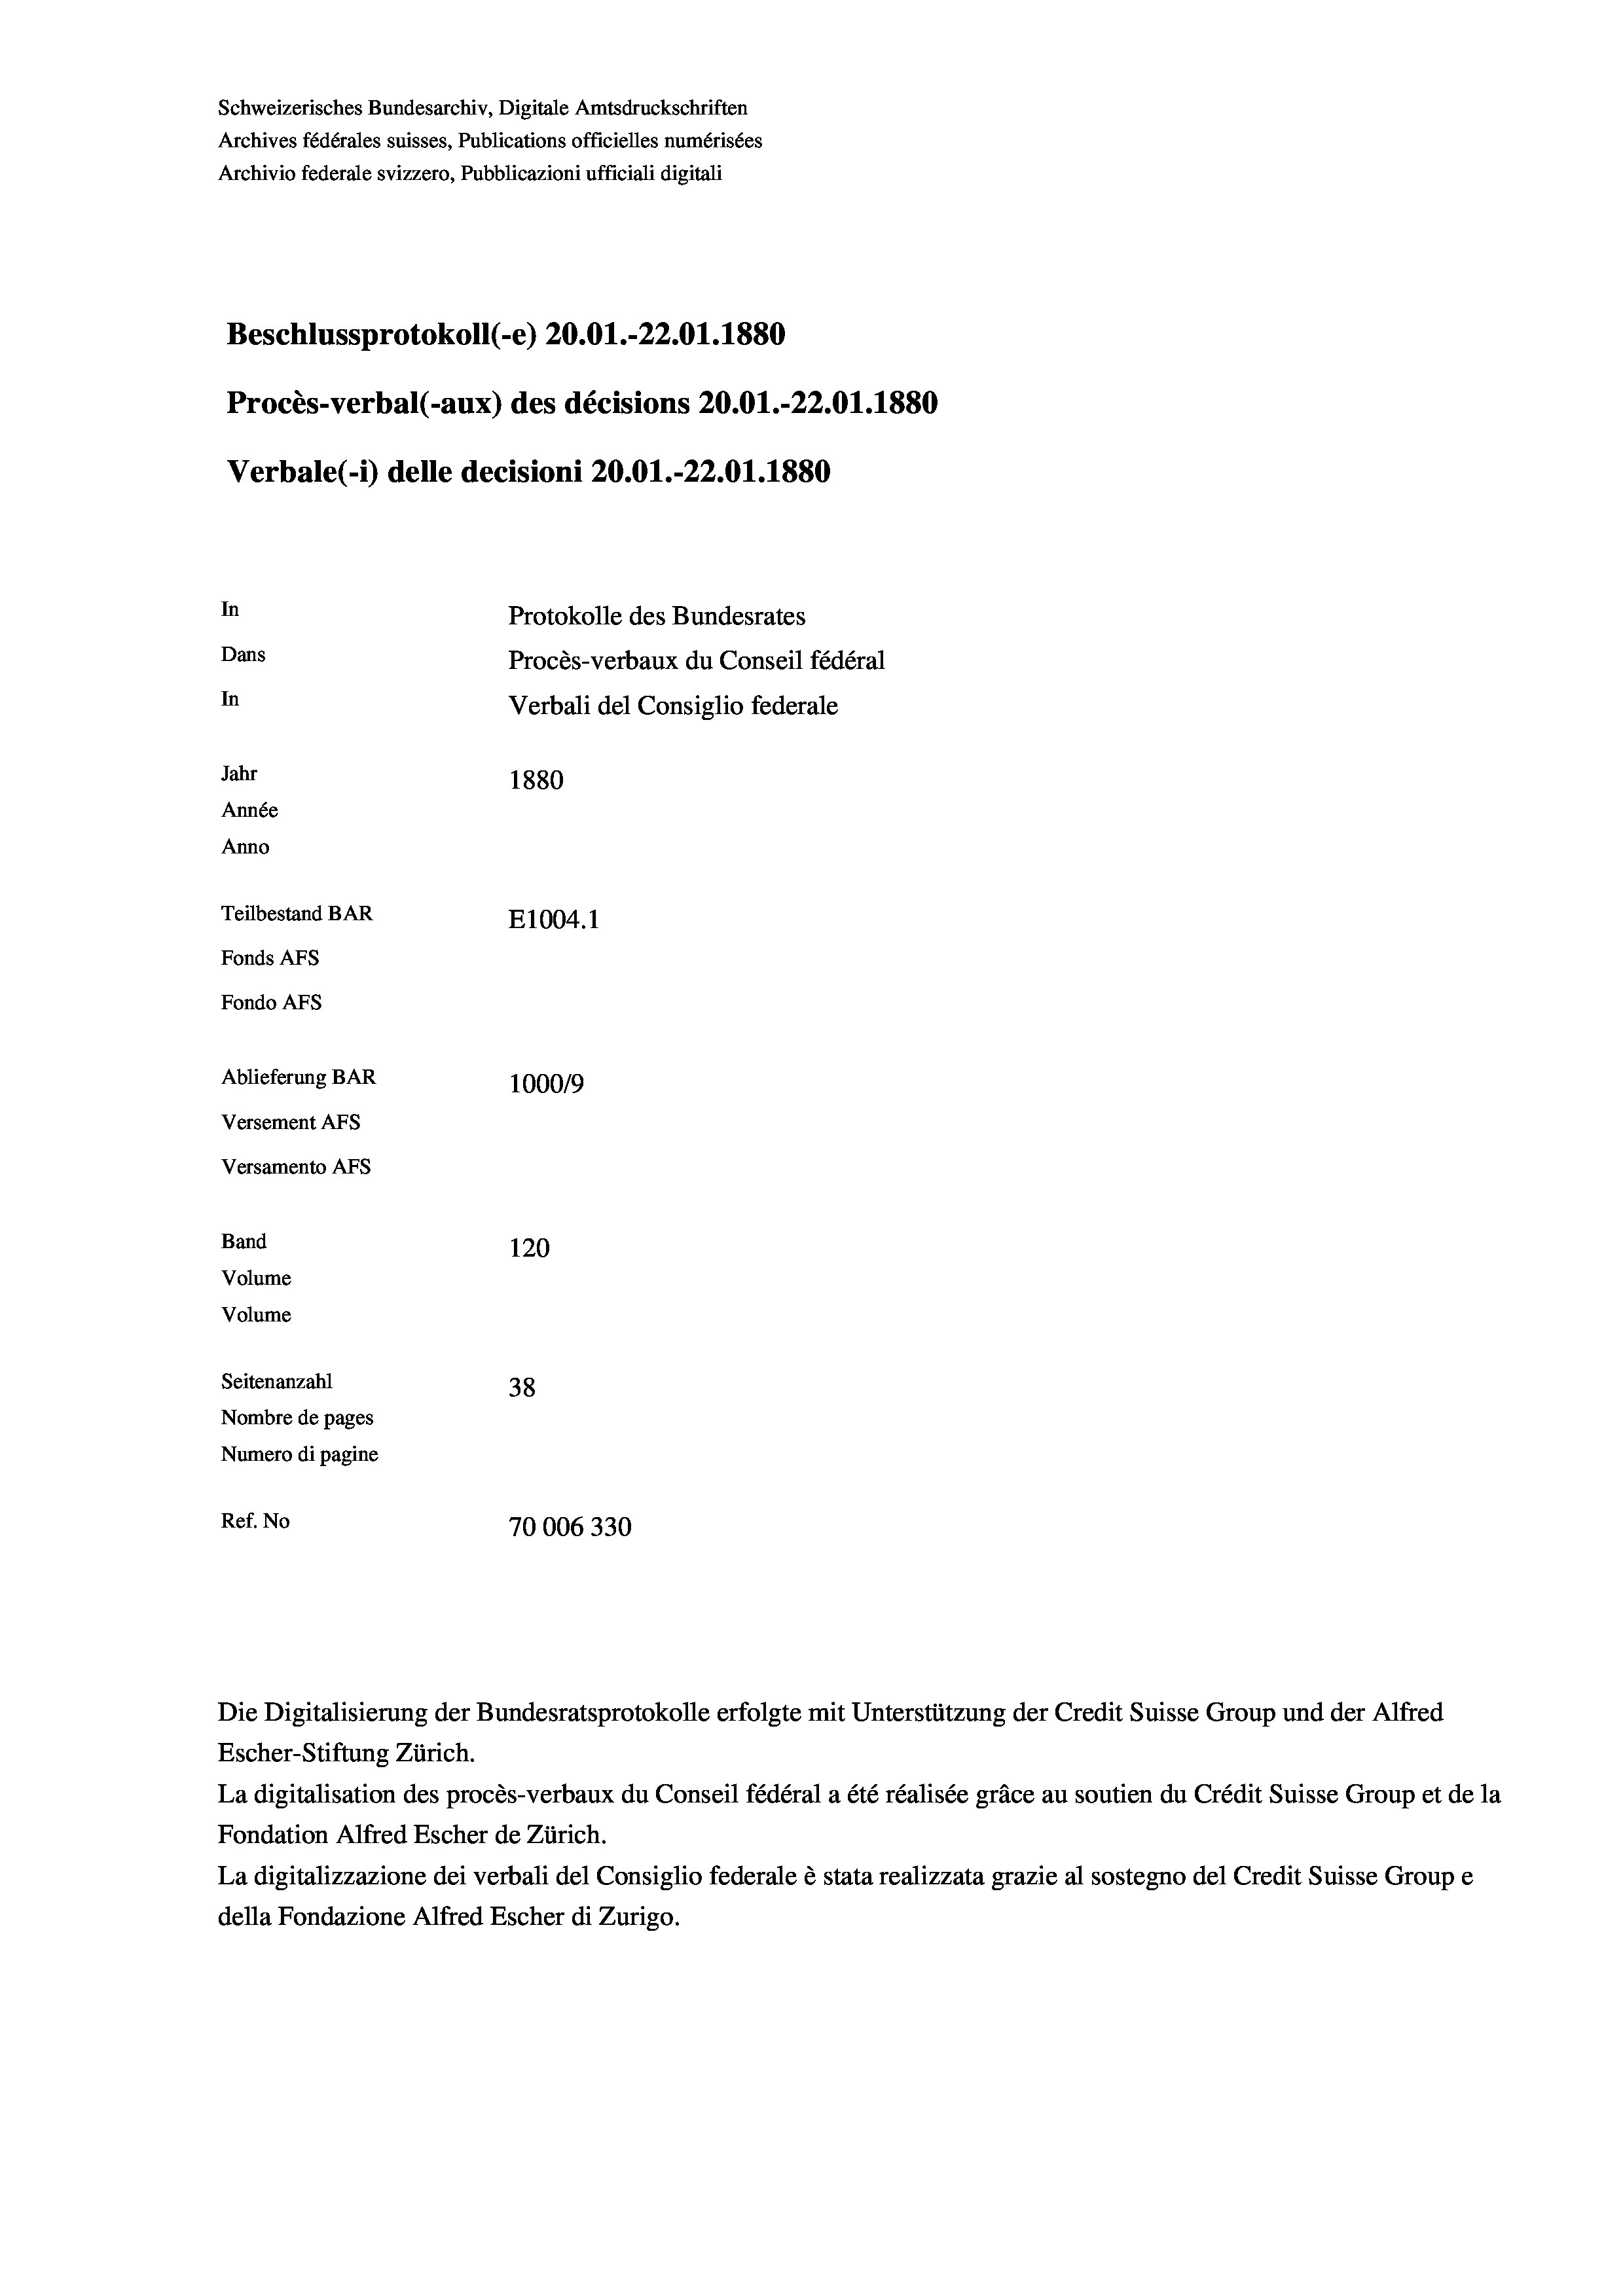
Schweizerisches Bundesarchiv, Digitale Amtsdruckschriften
Archives fédérales suisses, Publications officielles numérisées
Archivio federale svizzero, Pubblicazioni ufficiali digitali
Beschlussprotokoll (-e) 20.01.-22.01. 1880
Procès-verbal (-aux) des décisions 20.01.-22.01. 1880
Verbale(-*) delle decisioni 20.01.-22.01.1880
In
Protokolle des Bundesrates
Dans
Procès-verbaux du Conseil fédéral
In
Verbali del Consiglio federale
Jahr
1880
Année
Anno
Teilbestand BAR
E1004.1
Fonds AFs
Fondo Afs
Ablieferung BAR
100019
Versement AFs
Versamento AFs

Band
Volume
Volume

120
Seitenanzahl
38
Nombre de pages
Numero di pagine
Ref. No
70006330

Die Digitalisierung der Bundesratsprotokolle erfolgte mit Unterstützung der Credit Suisse Group und der Alfred
Escher-Stiftung Zürich.
La digitalisation des procès-verbaux du Conseil fédéral a été réalisée gräce au soutien du Crédit Suisse Group et de la
Fondation Alfred Escher de Zürich.
La digitalizzazione dei verbali del Consiglio federale è stata realizzata grazie al sostegno del Credit Suisse Groupe
della Fondazione Alfred Escher di Zurigo.